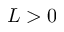
L > 0